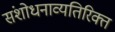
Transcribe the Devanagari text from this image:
संशोधनाव्यतिरिक्त